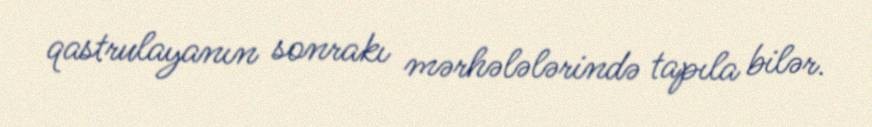
qastrulayanın sonrakı mərhələlərində tapıla bilər.